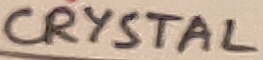
Text: CRYSTAL